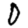
Digit: 0